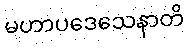
မဟာပဒေသေနာတိ